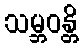
သမ္ဘဝန္တိ